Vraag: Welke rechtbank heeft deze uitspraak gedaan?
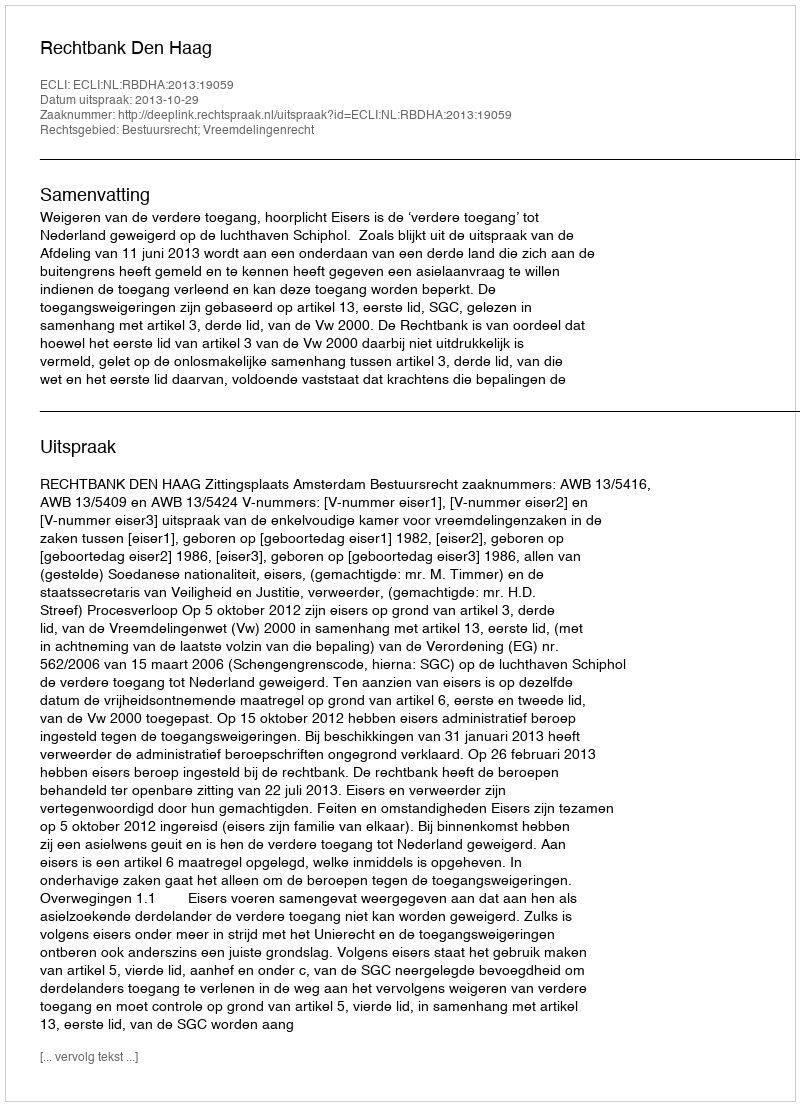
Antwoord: Rechtbank Den Haag